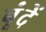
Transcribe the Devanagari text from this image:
बूंंदें